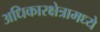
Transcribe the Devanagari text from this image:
अधिकारक्षेत्रामध्ये